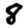
Digit: 8